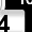
Digit: 4